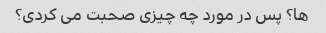
ها؟ پس در مورد چه چیزی صحبت می کردی؟